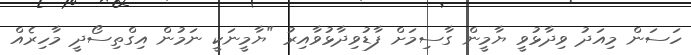
ހަސަން މިއަދު ވިދާޅުވީ ޔާމީން ގާސިމަށް ފާޑުވިދާޅުވާއިރު "ޔާމީނަކީ ނަމުން އިގްތިސޯދީ މާހިރެއް